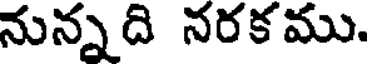
నున్నది నరకము.